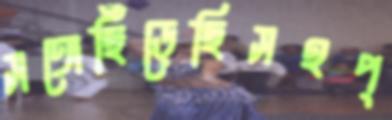
সঙ্গেছিঁড়েছিসহপ্